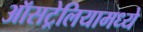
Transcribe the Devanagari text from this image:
ऑसट्रेलियामध्ये